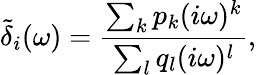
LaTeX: \tilde{\delta}_{i}(\omega)=\frac{\sum_{k}p_{k}(i\omega)^{k}}{\sum_{l}q_{l}(i\omega)^{l}},